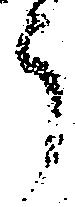
郎